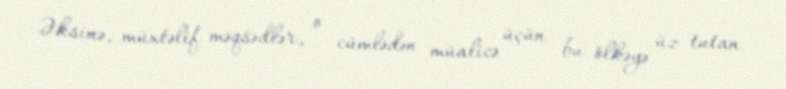
Əksinə, müxtəlif məqsədlər, o cümlədən müalicə üçün bu ölkəyə üz tutan